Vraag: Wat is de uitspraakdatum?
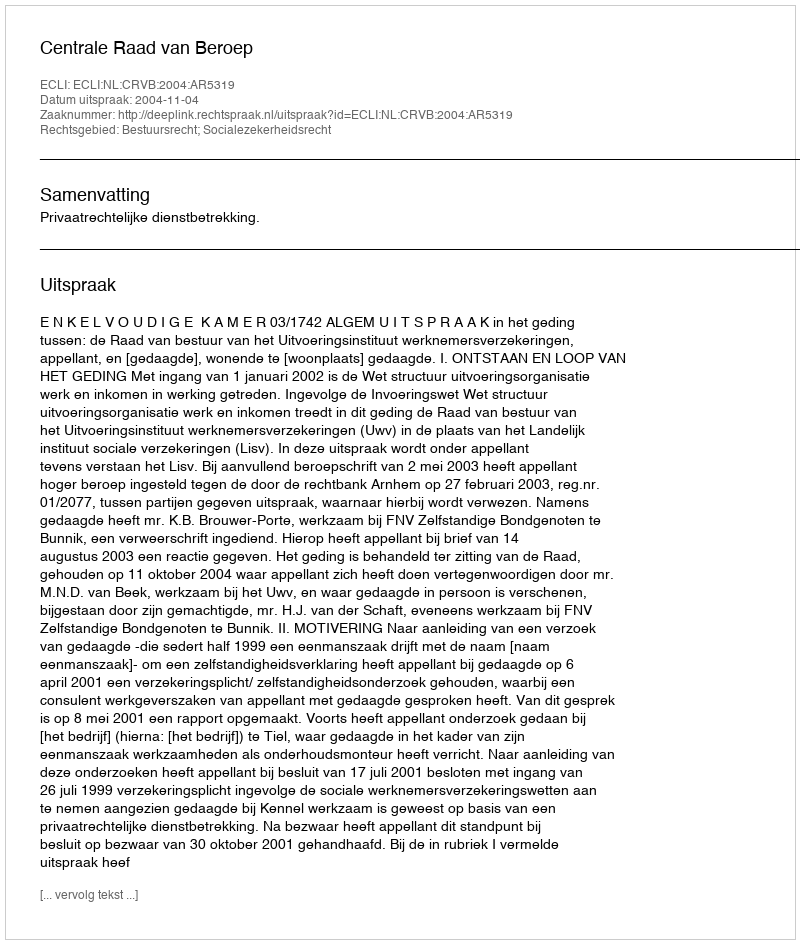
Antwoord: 2004-11-04